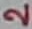
Text: 2